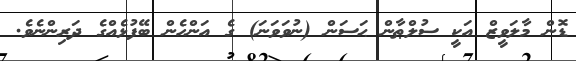
ޑޮން މާލަވީޒް އަކީ ސުލްޠާން ޙަސަން (ނުވަވަނަ) ގެ އަންހެން ބޭފުޅެއްގެ ދަރިންނެވެ.